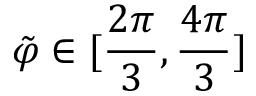
\Tilde { \varphi } \in [ \frac { 2 \pi } { 3 } , \frac { 4 \pi } { 3 } ]